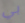
بي